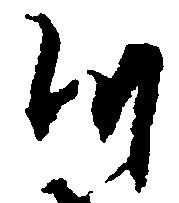
つ